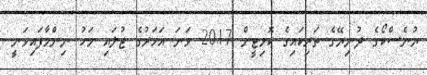
ޔުނެސްކޯގެ ދުނިޔޭގެ ތަރިކައިގެ ކޮމިޓީން 2017 ވަނަ އަހަރުގެ ޖުލައި މަހު ނިންމާފައިވަނީ